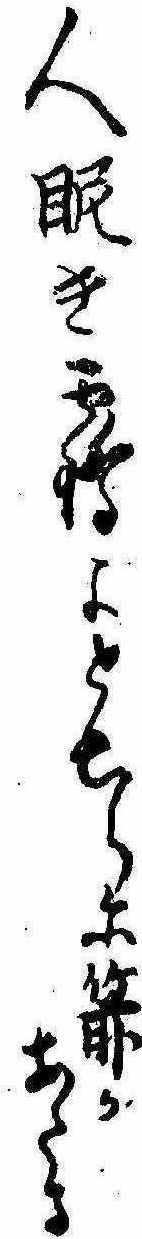
人眤き鶴よとちらに箭かあたる